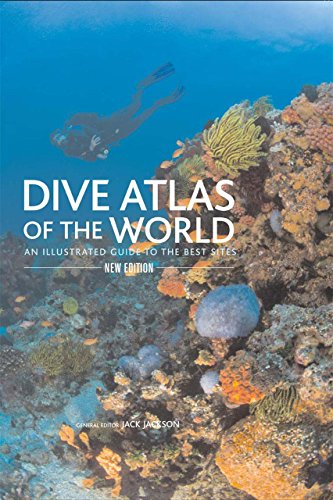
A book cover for Dive Atlas of the World: An Illustrated Guide To The Best Sites; Science & Math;